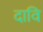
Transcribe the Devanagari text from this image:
दावि